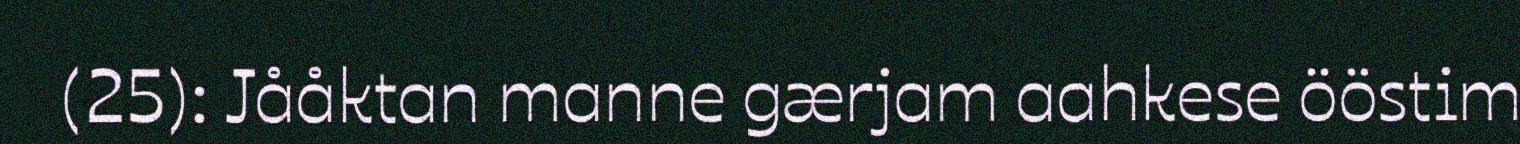
(25): Jååktan manne gærjam aahkese ööstim